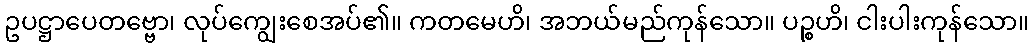
ဥပဋ္ဌာပေတဗ္ဗော၊ လုပ်ကျွေးစေအပ်၏။ ကတမေဟိ၊ အဘယ်မည်ကုန်သော။ ပဉ္စဟိ၊ ငါးပါးကုန်သော။